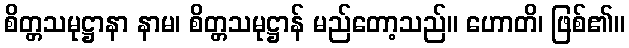
စိတ္တသမုဋ္ဌာနာ နာမ၊ စိတ္တသမုဋ္ဌာန် မည်တော့သည်။ ဟောတိ၊ ဖြစ်၏။